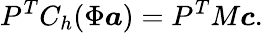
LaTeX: P^{T}C_{h}(\Phi\boldsymbol{a})=P^{T}M\boldsymbol{c}.